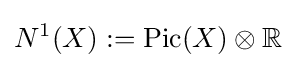
N^{1}(X):=\operatorname {Pic} (X)\otimes \mathbb {R}